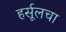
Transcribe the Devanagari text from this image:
हर्सूलचा